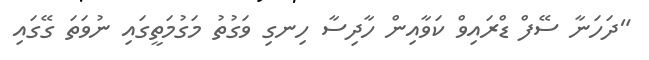
"ދަހަނާ ސޭފް ޑްރައިވް ކަވާއިން ހާދިސާ ހިނގި ވަގުތު މަގުމަތީގައި ނުވަތަ ގޭގައި